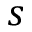
s